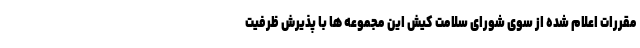
مقررات اعلام شده از سوی شورای سلامت کیش این مجموعه ها با پذیرش ظرفیت